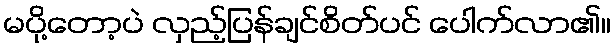
မပို့တော့ပဲ လှည့်ပြန်ချင်စိတ်ပင် ပေါက်လာ၏။